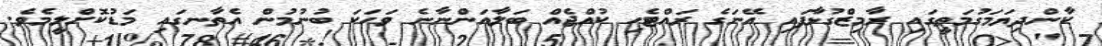
ކާންދިޔަމަގުމަތީގައި ރާމިޒްގުޅާފައި އޭނަގެ ރައްޓެހި ކުއްޖެއް ބަލާއަންނާނެ ވަހަކަ ބުނުމުން އެތާނގައި މަޑުކޮށްލީމެވެ.